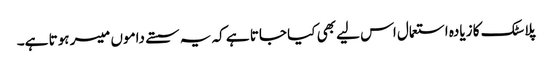
پلاسٹک کا زیادہ استعمال اس لیے بھی کیا جاتا ہے کہ یہ سستے داموں میسر ہوتا ہے۔